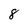
Character: 8